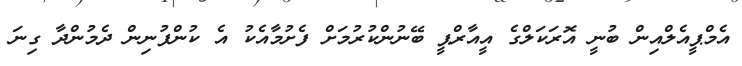
އެމްޕީއެލްއިން ބުނީ އޮރަކަލްގެ އީއާރްޕީ ބޭނުންކުރުމަށް ފެށުމާއެކު އެ ކުންފުނިން ދެމުންދާ ގިނަ